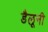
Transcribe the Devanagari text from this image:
डैलूनी